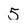
Character: 5